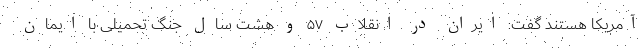
آمریکا هستند گفت: ایران در انقلاب ۵۷ و هشت سال جنگ تحمیلی با ایمان